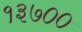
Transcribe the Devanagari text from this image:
१३७००